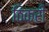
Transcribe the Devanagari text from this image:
ठिकरी